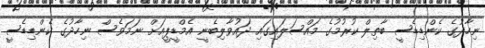
ނިހާދުގެ ކެންޑިޑެސީ ބާތިލް ކުރުމުގެ މައްސަލައިގައި ދައުވާލިބެނީ އެމްޑީޕީއަށް ނަމަވެސް ނިހާދުގެ ކެންޑިޑެސީ